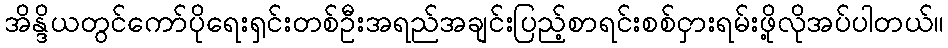
အိန္ဒိယတွင်ကော်ပိုရေးရှင်းတစ်ဦးအရည်အချင်းပြည့်စာရင်းစစ်ငှားရမ်းဖို့လိုအပ်ပါတယ်။